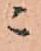
ニ